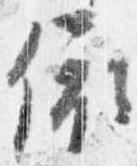
依